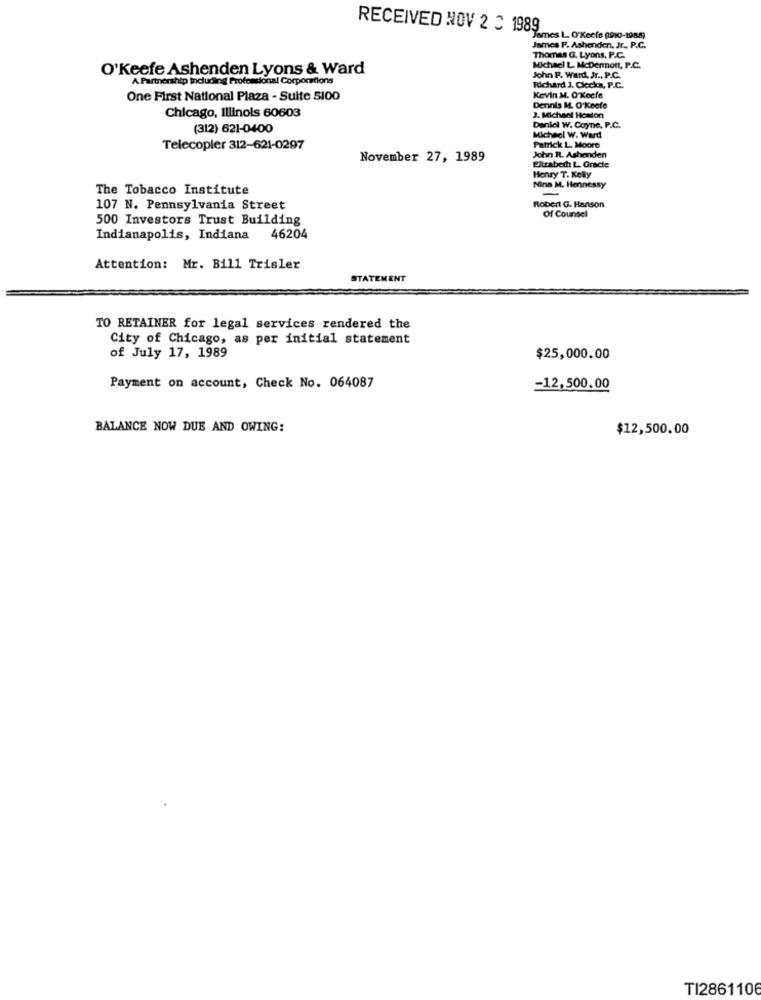
RECEIVED NOV 2 C 1989
"James L. O'Keefe (910-1985)
James P. Ashenden, Jr ., P.C.
Thomas G. Lyons, P.C.
O'Keefe Ashenden Lyons & Ward
Michael L McDermott, P.C.
A Partnership Including Professional Corporations
John P. Ward, Jr ., P.C.
Richard J. Clecka, P.C.
One First National Plaza - Suite 5100
Kevin M. O'Keefe
Chicago, Illinois 60603
Dennis M. O'Keefe
J. Michael Hoston
(312) 621-0400
Daniel W. Coyne, P.C.
Michael W. Ward
Telecopler 312-621-0297
Patrick L. Moore
November 27, 1989
Eitzabeth L. Gracie
John R. Ashenden
Henry T. Kelly
The Tobacco Institute
Nina M. Hennessy
107 N. Pennsylvania Street
Robert G. Hanson
Of Counsel
500 Investors Trust Building
Indianapolis, Indiana
46204
Attention: Mr. Bill Trisler
STATEMENT
TO RETAINER for legal services rendered the
City of Chicago, as per initial statement
of July 17, 1989
$25,000.00
Payment on account, Check No. 064087
=12,500.00
BALANCE NOW DUE AND OWING:
$12,500.00
TI2861106